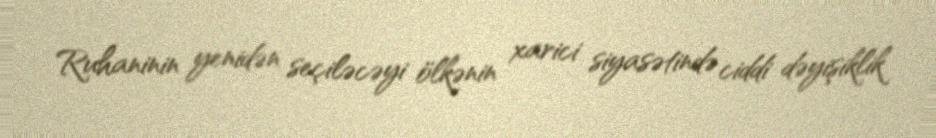
Ruhaninin yenidən seçiləcəyi ölkənin xarici siyasətində ciddi dəyişiklik